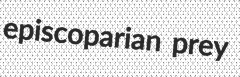
episcoparian prey